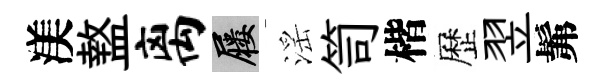
渼盩离屨滛笥楷歷翌髴